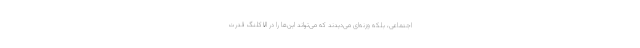
اجتماعی، بلکه وزنه‌ای می‌دیدند که می‌تواند این‌ها را در الاکلنگ قدرت